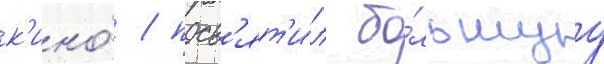
к'ино́ / посв'ят'и́л бо́льшуу